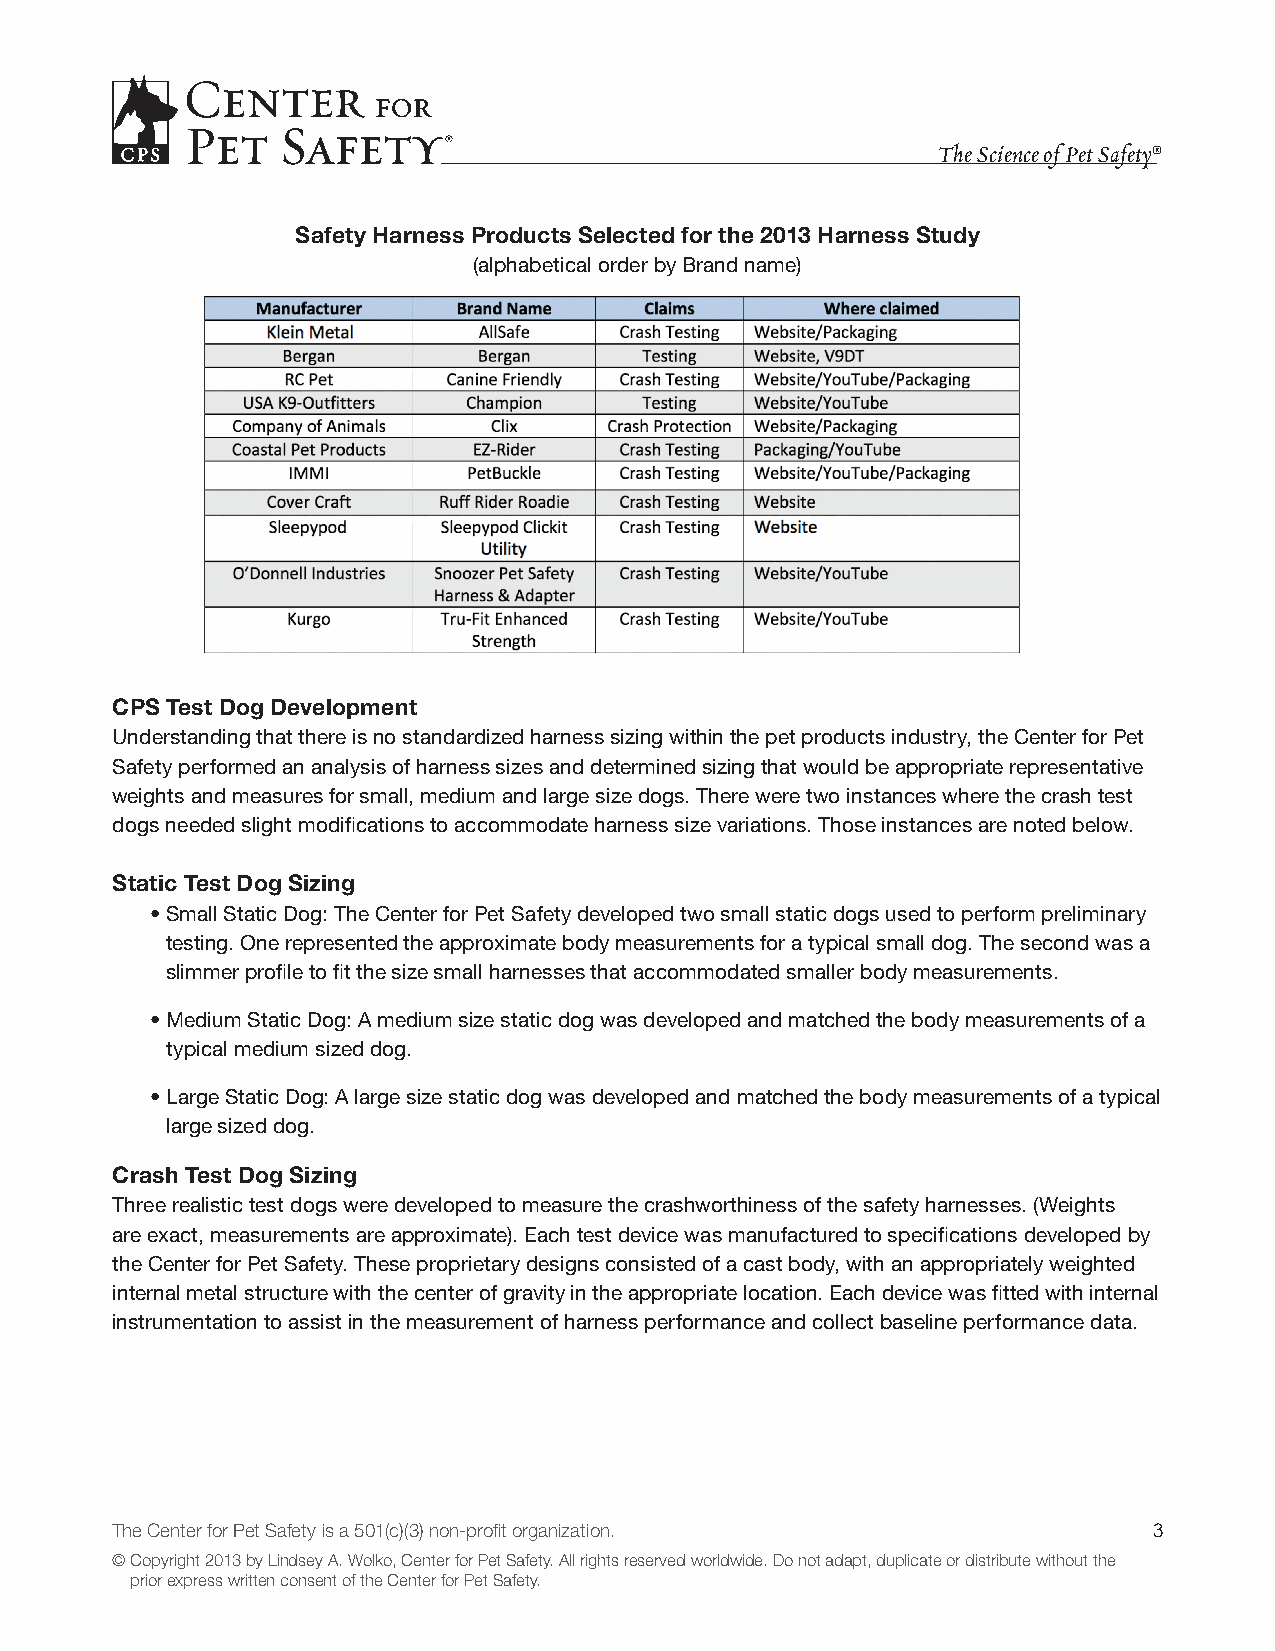
The Science of Pet Safety®
 Safety Harness Products Selected for the 2013 Harness Study
 (alphabetical order by Brand name)
 CPS Test Dog Development
 Understanding that there is no standardized harness sizing within the pet products industry, the Center for Pet
 Safety performed an analysis of harness sizes and determined sizing that would be appropriate representative
 weights and measures for small, medium and large size dogs. There were two instances where the crash test
 dogs needed slight modifications to accommodate harness size variations. Those instances are noted below.
 Static Test Dog Sizing
 • Small Static Dog: The Center for Pet Safety developed two small static dogs used to perform preliminary
 testing. One represented the approximate body measurements for a typical small dog. The second was a
 slimmer profile to fit the size small harnesses that accommodated smaller body measurements.
 • Medium Static Dog: A medium size static dog was developed and matched the body measurements of a
 typical medium sized dog.
 • Large Static Dog: A large size static dog was developed and matched the body measurements of a typical
 large sized dog.
 Crash Test Dog Sizing
 Three realistic test dogs were developed to measure the crashworthiness of the safety harnesses. (Weights
 are exact, measurements are approximate). Each test device was manufactured to specifications developed by
 the Center for Pet Safety. These proprietary designs consisted of a cast body, with an appropriately weighted
 internal metal structure with the center of gravity in the appropriate location. Each device was fitted with internal
 instrumentation to assist in the measurement of harness performance and collect baseline performance data.
 The Center for Pet Safety is a 501(c)(3) non-profit organization.    3
 © Copyright 2013 by Lindsey A. Wolko, Center for Pet Safety. All rights reserved worldwide. Do not adapt, duplicate or distribute without the
 prior express written consent of the Center for Pet Safety.